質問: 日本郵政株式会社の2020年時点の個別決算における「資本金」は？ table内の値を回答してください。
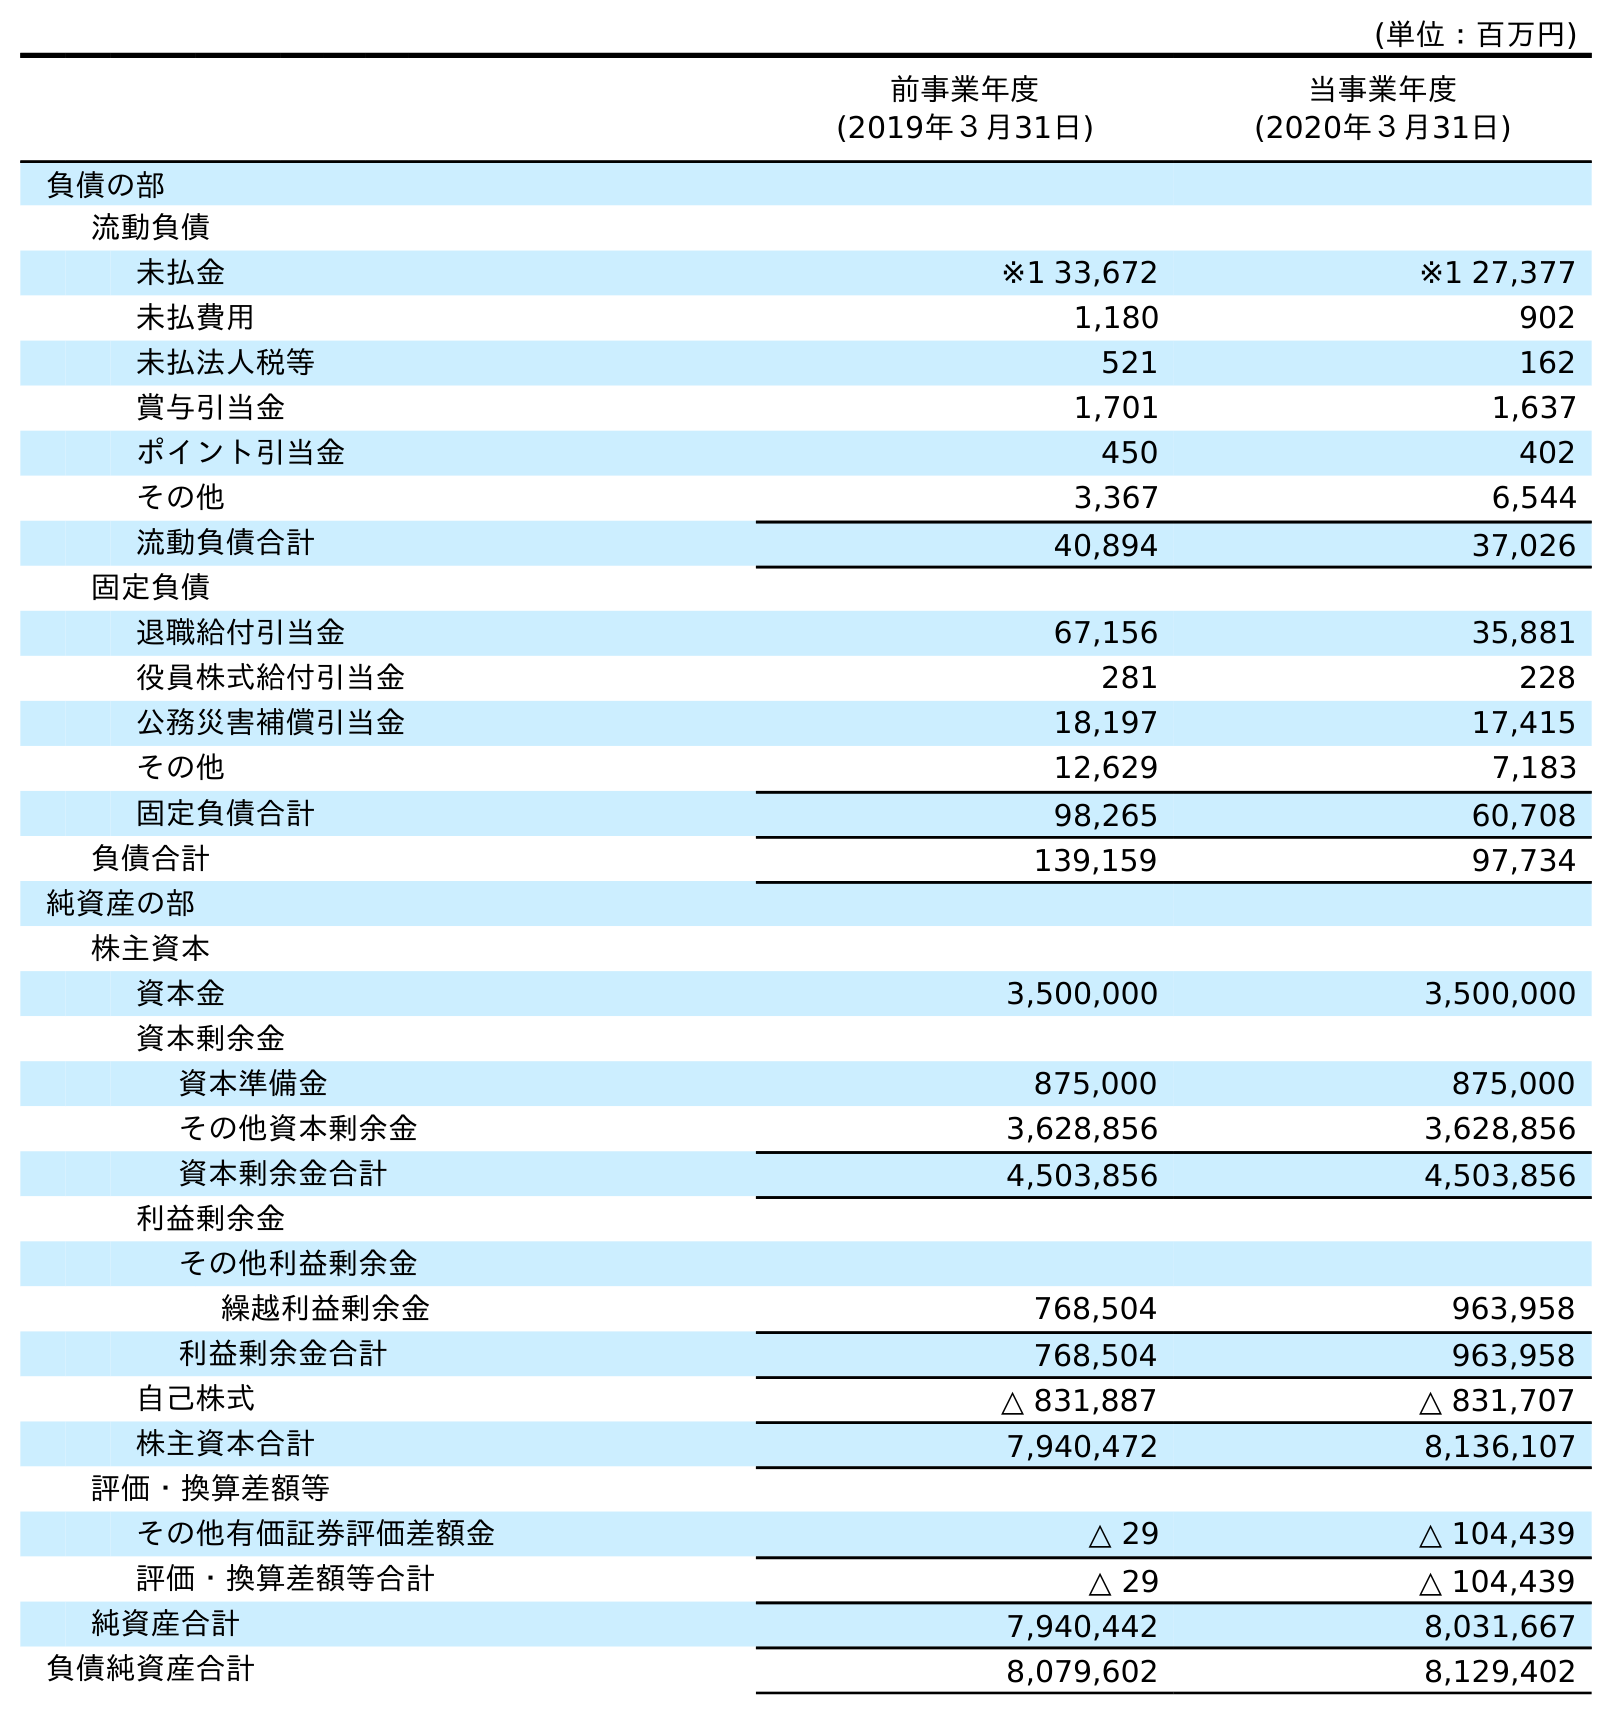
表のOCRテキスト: (単位：百万円) 前事業年度 (2019年３月31日) 当事業年度 (2020年３月31日) 負債の部 流動負債 未払金 ※1 33,672 ※1 27,377 未払費用 1,180 902 未払法人税等 521 162 賞与引当金 1,701 1,637 ポイント引当金 450 402 その他 3,367 6,544 流動負債合計 40,894 37,026 固定負債 退職給付引当金 67,156 35,881 役員株式給付引当金 281 228 公務災害補償引当金 18,197 17,415 その他 12,629 7,183 固定負債合計 98,265 60,708 負債合計 139,159 97,734 純資産の部 株主資本 資本金 3,500,000 3,500,000 資本剰余金 資本準備金 875,000 875,000 その他資本剰余金 3,628,856 3,628,856 資本剰余金合計 4,503,856 4,503,856 利益剰余金 その他利益剰余金 繰越利益剰余金 768,504 963,958 利益剰余金合計 768,504 963,958 自己株式 △ 831,887 △ 831,707 株主資本合計 7,940,472 8,136,107 評価・換算差額等 その他有価証券評価差額金 △ 29 △ 104,439 評価・換算差額等合計 △ 29 △ 104,439 純資産合計 7,940,442 8,031,667 負債純資産合計 8,079,602 8,129,402
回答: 3,500,000